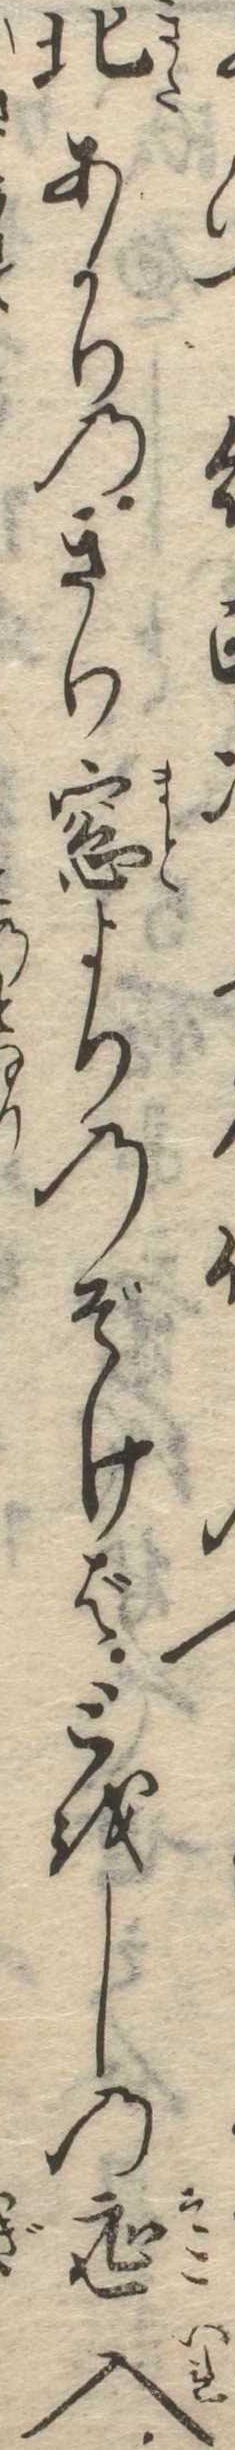
北あかりのきり窓よりのぞけばとをしの底入